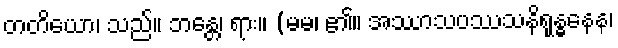
တတိယော၊ သည်။ ဘန္တေ၊ ရား။ (မမ၊ ၏။ အဿာသပဿသနိရုန္ဓနေန၊